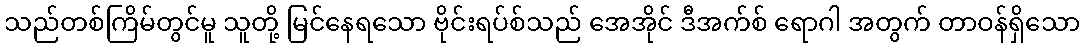
သည်တစ်ကြိမ်တွင်မူ သူတို့ မြင်နေရသော ဗိုင်းရပ်စ်သည် အေအိုင် ဒီအက်စ် ရောဂါ အတွက် တာဝန်ရှိသော